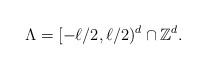
LaTeX: \begin{align*} \Lambda= [-\ell/2, \ell/2)^d\cap \mathbb{Z}^d.\end{align*}